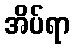
အိပ်ရာ